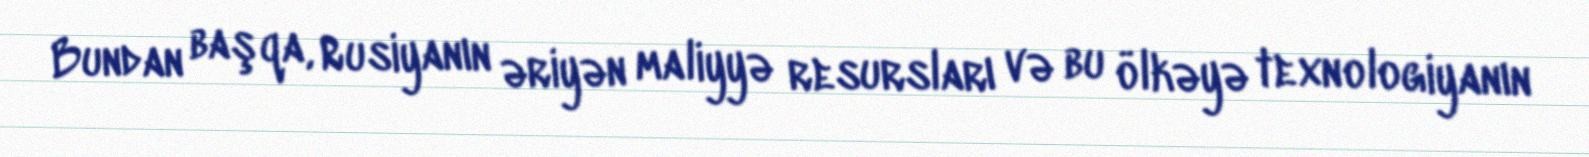
Bundan başqa, Rusiyanın əriyən maliyyə resursları və bu ölkəyə texnologiyanın